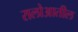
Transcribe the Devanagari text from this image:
रालोआतील